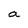
Character: a